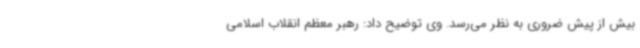
بیش از پیش ضروری به نظر می‌رسد. وی توضیح داد: رهبر معظم انقلاب اسلامی